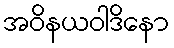
အဝိနယဝါဒိနော